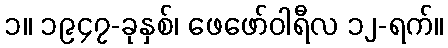
၁။ ၁၉၄၇-ခုနှစ်၊ ဖေဖော်ဝါရီလ ၁၂-ရက်။